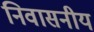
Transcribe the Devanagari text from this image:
निवासनीय